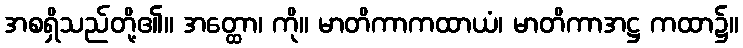
အစရှိသည်တို့၏။ အတ္ထော၊ ကို။ မာတိကာကထာယံ၊ မာတိကာအဋ္ဌ ကထာ၌။